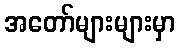
အတော်များများမှာ